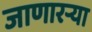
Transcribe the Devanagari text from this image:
जाणारऱ्या